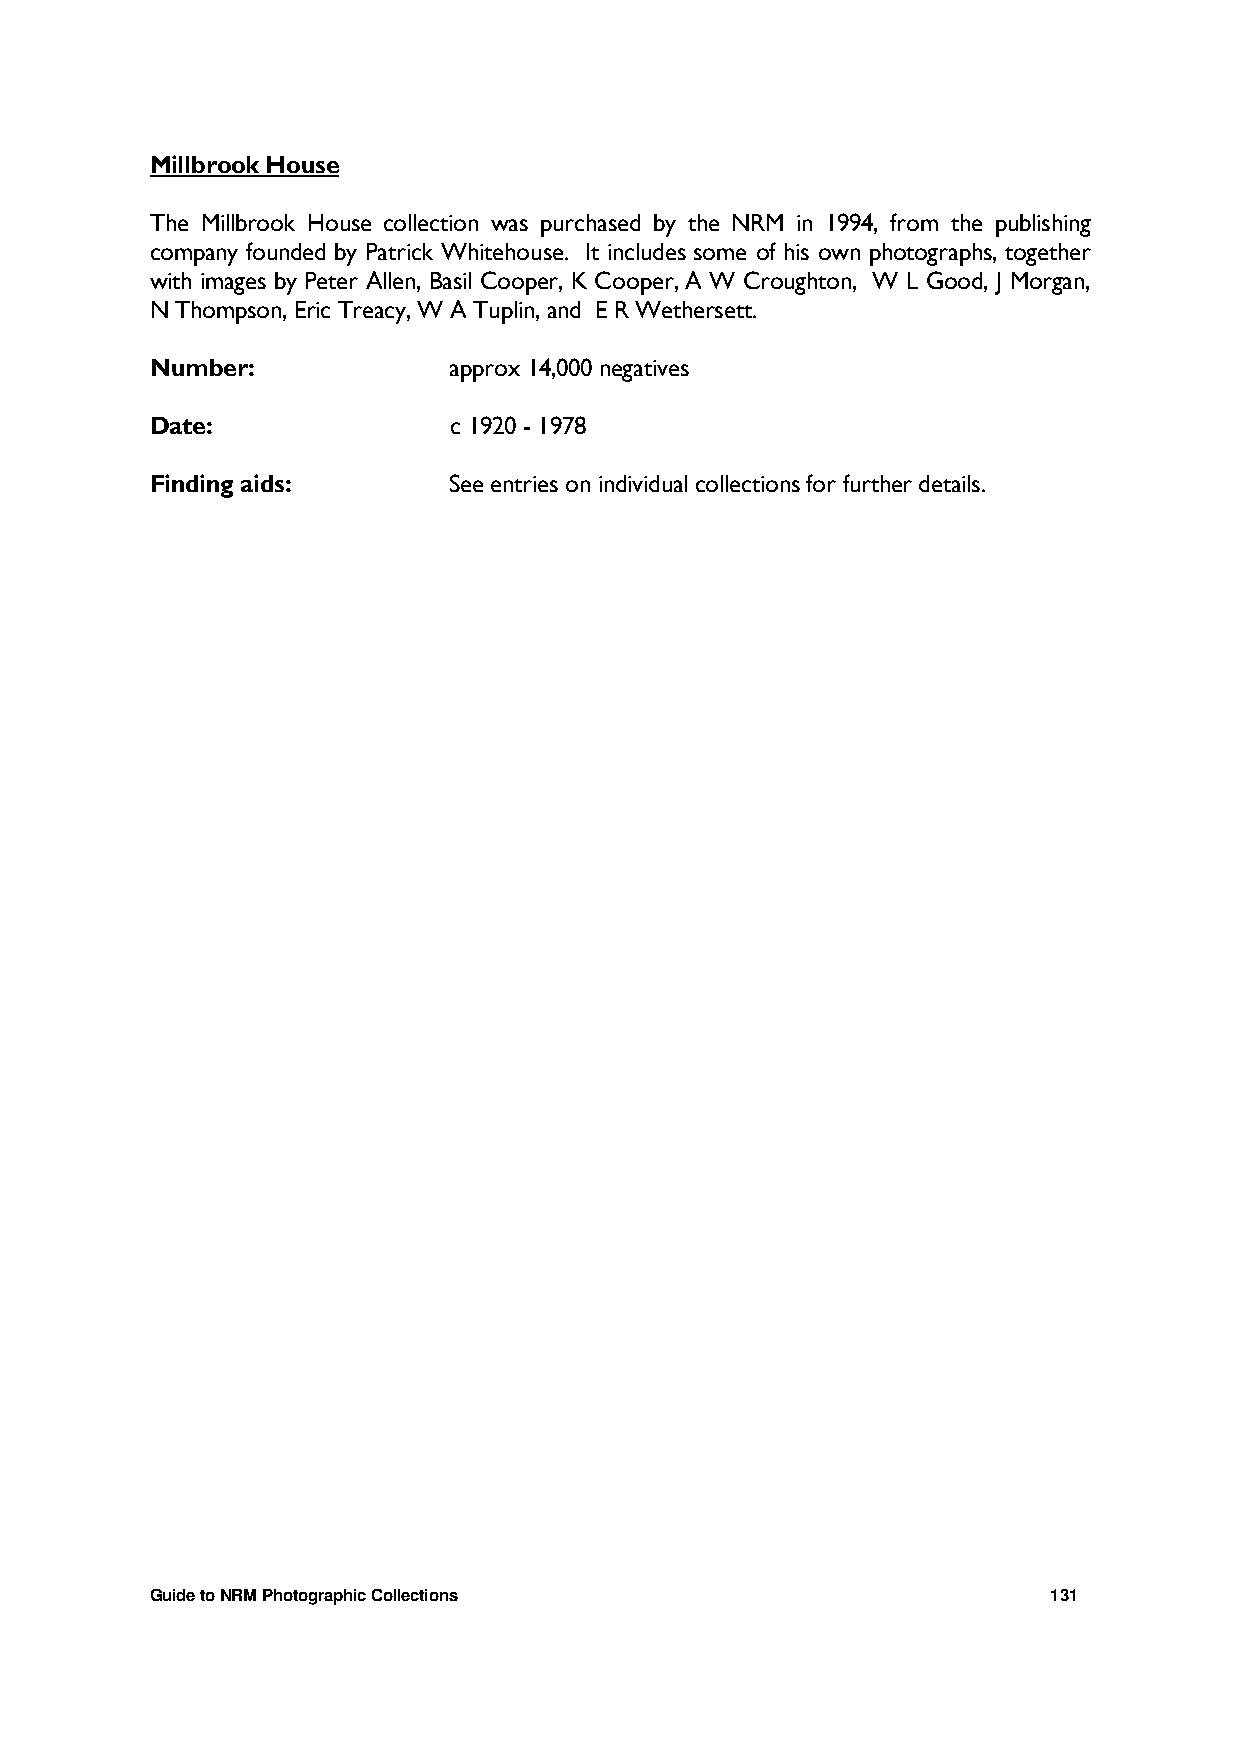
Millbrook House
 The Millbrook House collection was purchased by the NRM in 1994, from the publishing
 company founded by Patrick Whitehouse. It includes some of his own photographs, together
 with images by Peter Allen, Basil Cooper, K Cooper, A W Croughton, W L Good, J Morgan,
 N Thompson, Eric Treacy, W A Tuplin, and E R Wethersett.
 Number:             approx 14,000 negatives
 Date:               c 1920 - 1978
 Finding aids:       See entries on individual collections for further details.
 Guide to NRM Photographic Collections                       131